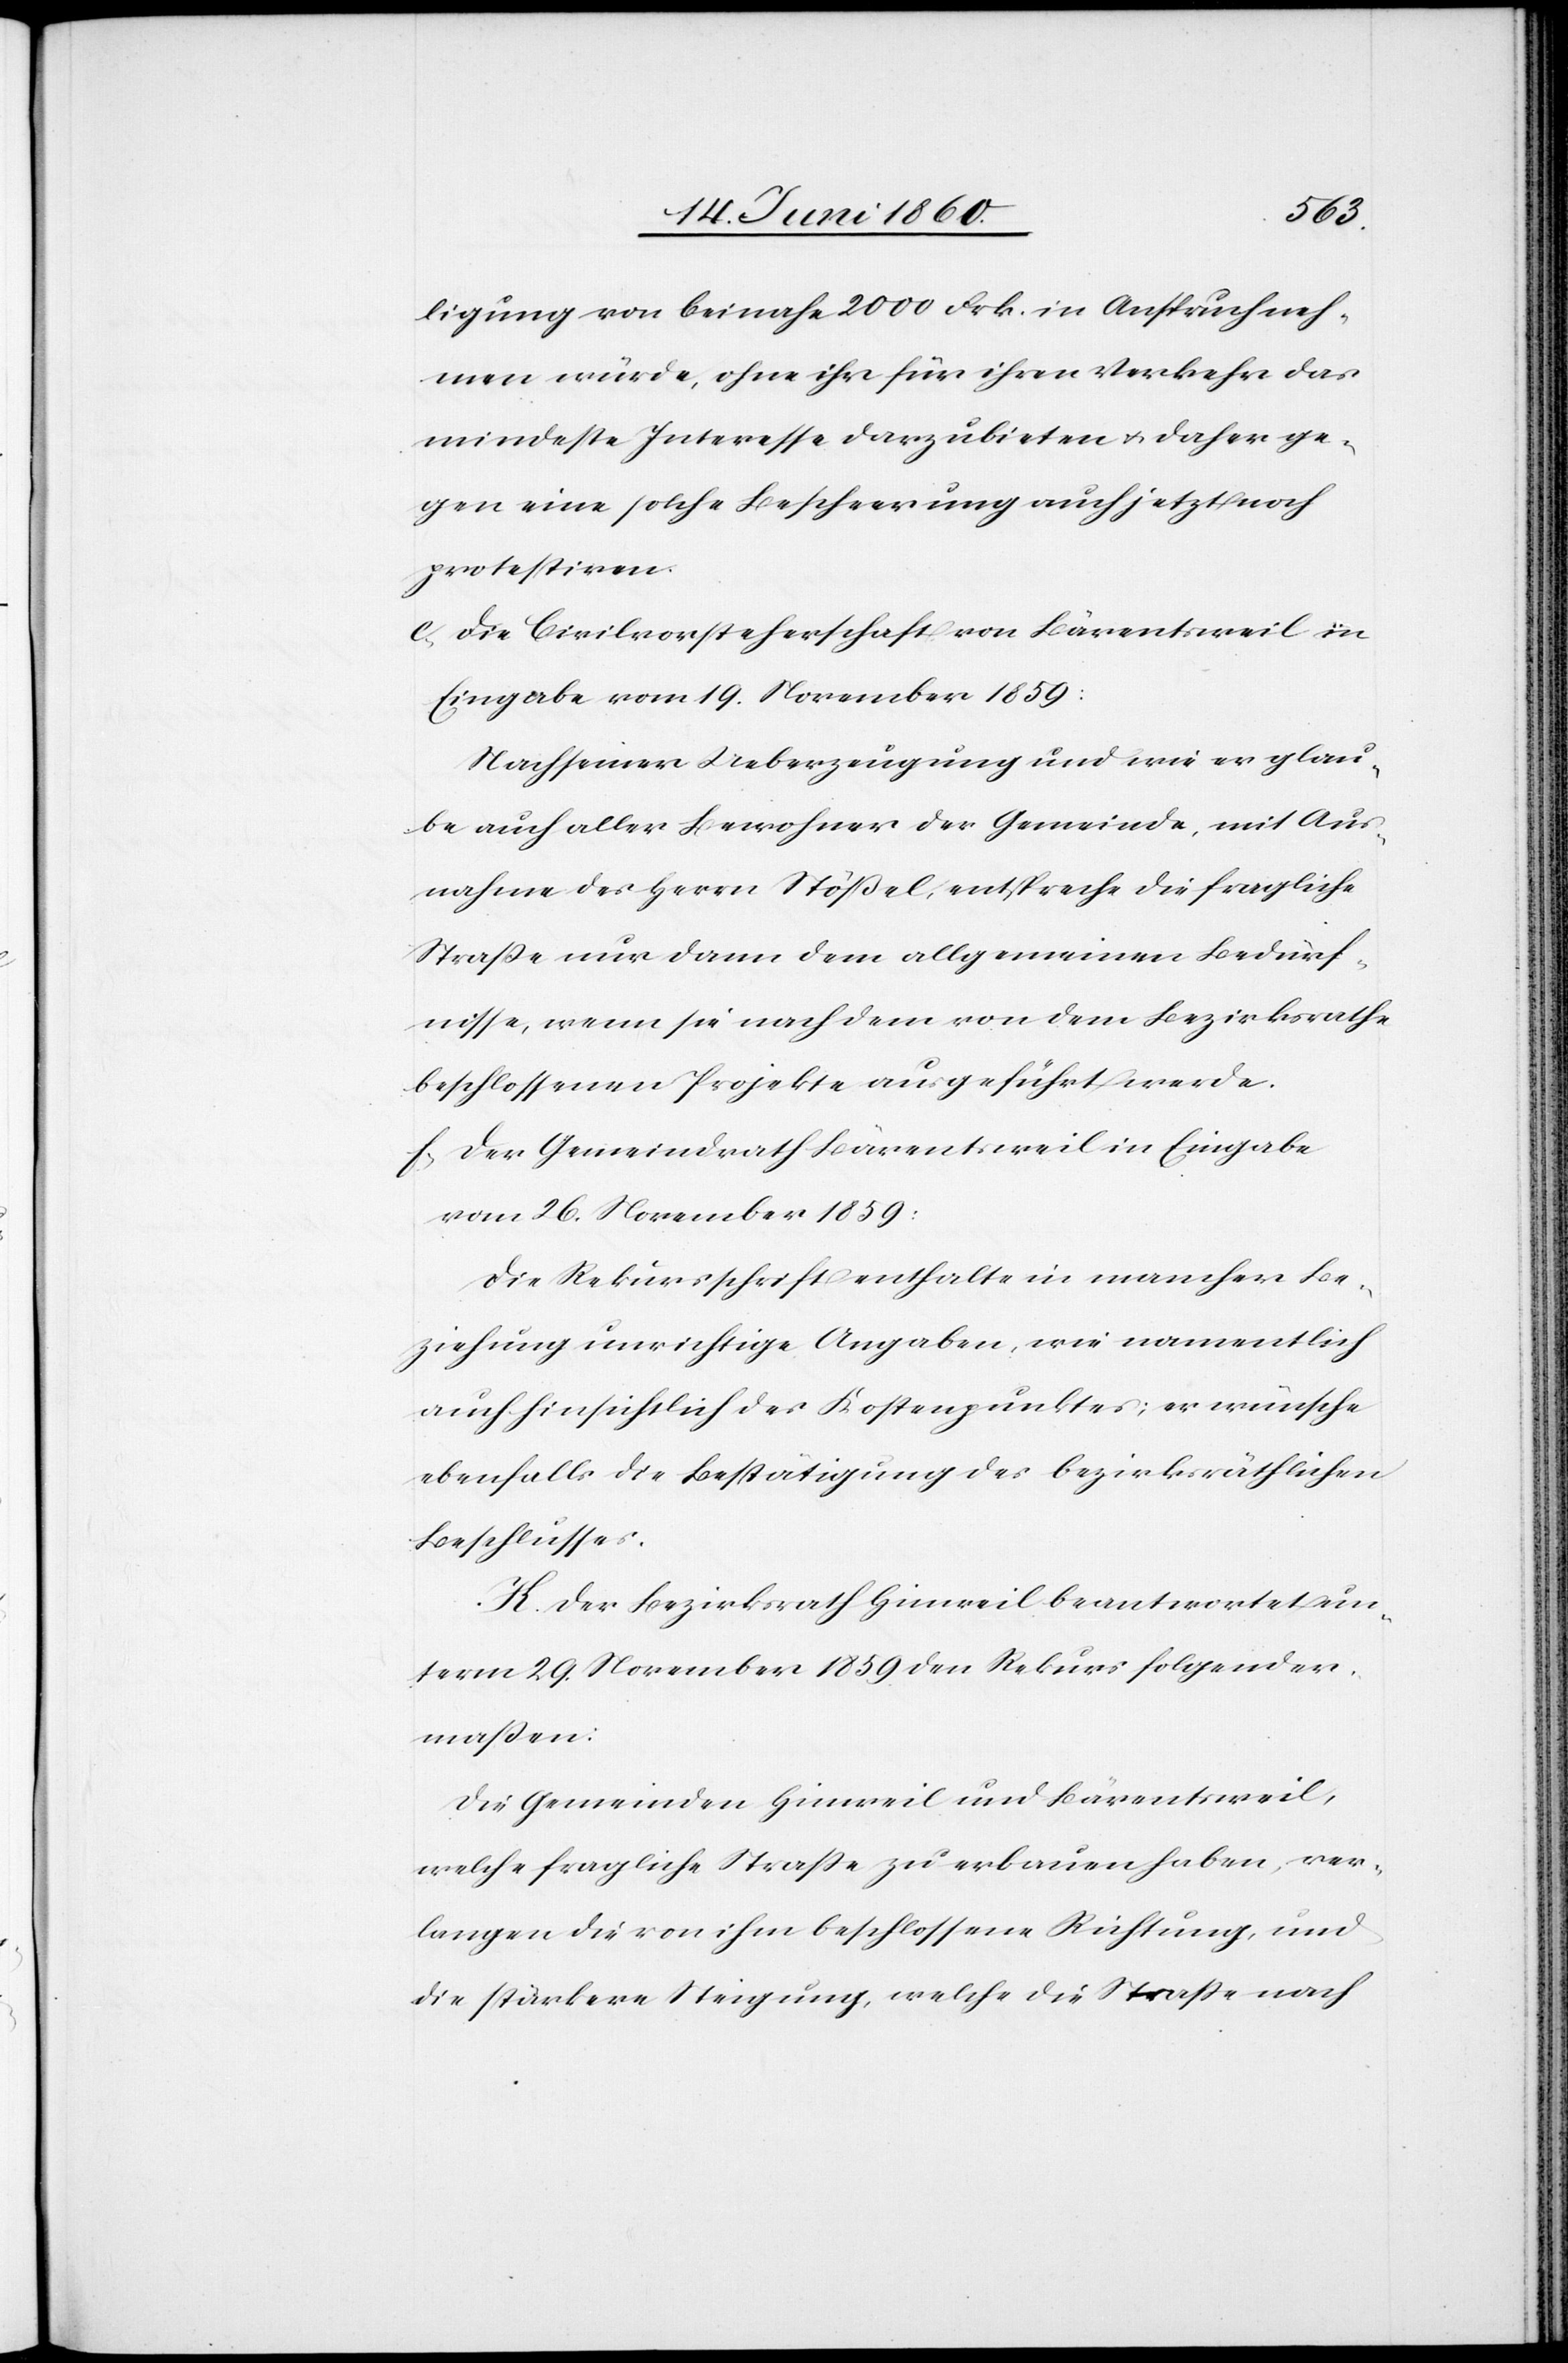
ligung von beinahe 2000 Frk. in Anspruch neh¬
men würde, ohne ihr für ihren Verkehr das
mindeste Interesse darzubieten u. daher ge¬
gen eine solche Beschweerung nicht auch jetzt noch
protestiren.
e. die Civilvorsteherschaft von Bärentsweil in
Eingabe vom 19. November 1859:
Nach seiner Ueberzeugung und wie er glau¬
be auch aller Bewohner der Gemeinde, mit Aus¬
nahme des Herrn Stößel, entspreche die fragliche
Strasse nur dann dem allgemeinen Bedürf¬
nisse, wenn sie nach dem von dem Bezirksrathe
beschlossenen Projekte ausgeführt werde.
f. Der Gemeindrath Bärentsweil in Eingabe
vom 26. November 1859:
Die Rekursschrift enthalte in mancher Be¬
ziehung urnichtige Angaben, wie namentlich
auch hinsichtlich des Kostenpunktes; er wünsche
ebenfalls die Bestätigung des bezirksräthlichen
Beschlusses.
K. Der Bezirksrath Hinweil beantwortet un¬
term 29. November 1859 den Rekurs folgender¬
massen:
Die Gemeinden Hinweil und Bärentsweil,
welche fraglich Strasse zu erbauen haben, ver¬
langen die von ihm beschlossene Richtung, und
die stärkere Steigung, welche die Strasse nach